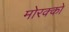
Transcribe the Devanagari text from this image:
मोरक्‍को